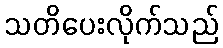
သတိပေးလိုက်သည်